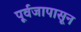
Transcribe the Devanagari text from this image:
पूर्वजापासून